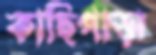
কাছিপাড়া